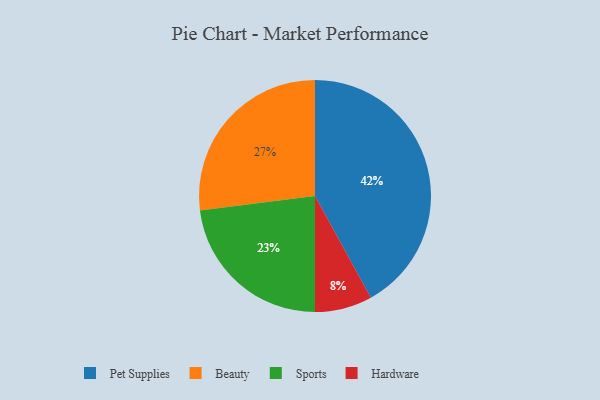
{"axis": {"x": "Category", "y": "Percentage"}, "legend": ["Beauty", "Hardware", "Pet Supplies", "Sports"], "data": [{"x": "Pet Supplies", "y": 42, "type": "Pet Supplies"}, {"x": "Beauty", "y": 27, "type": "Beauty"}, {"x": "Hardware", "y": 8, "type": "Hardware"}, {"x": "Sports", "y": 23, "type": "Sports"}]}